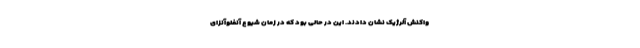
واکنش آلرژیک نشان دادند. این در حالی بود که در زمان شیوع آنفلوآنزای